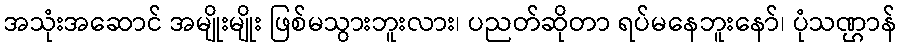
အသုံးအဆောင် အမျိုးမျိုး ဖြစ်မသွားဘူးလား၊ ပညတ်ဆိုတာ ရပ်မနေဘူးနော်၊ ပုံသဏ္ဌာန်